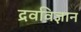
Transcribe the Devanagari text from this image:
द्रवविज्ञान